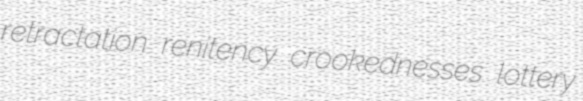
retractation renitency crookednesses lottery